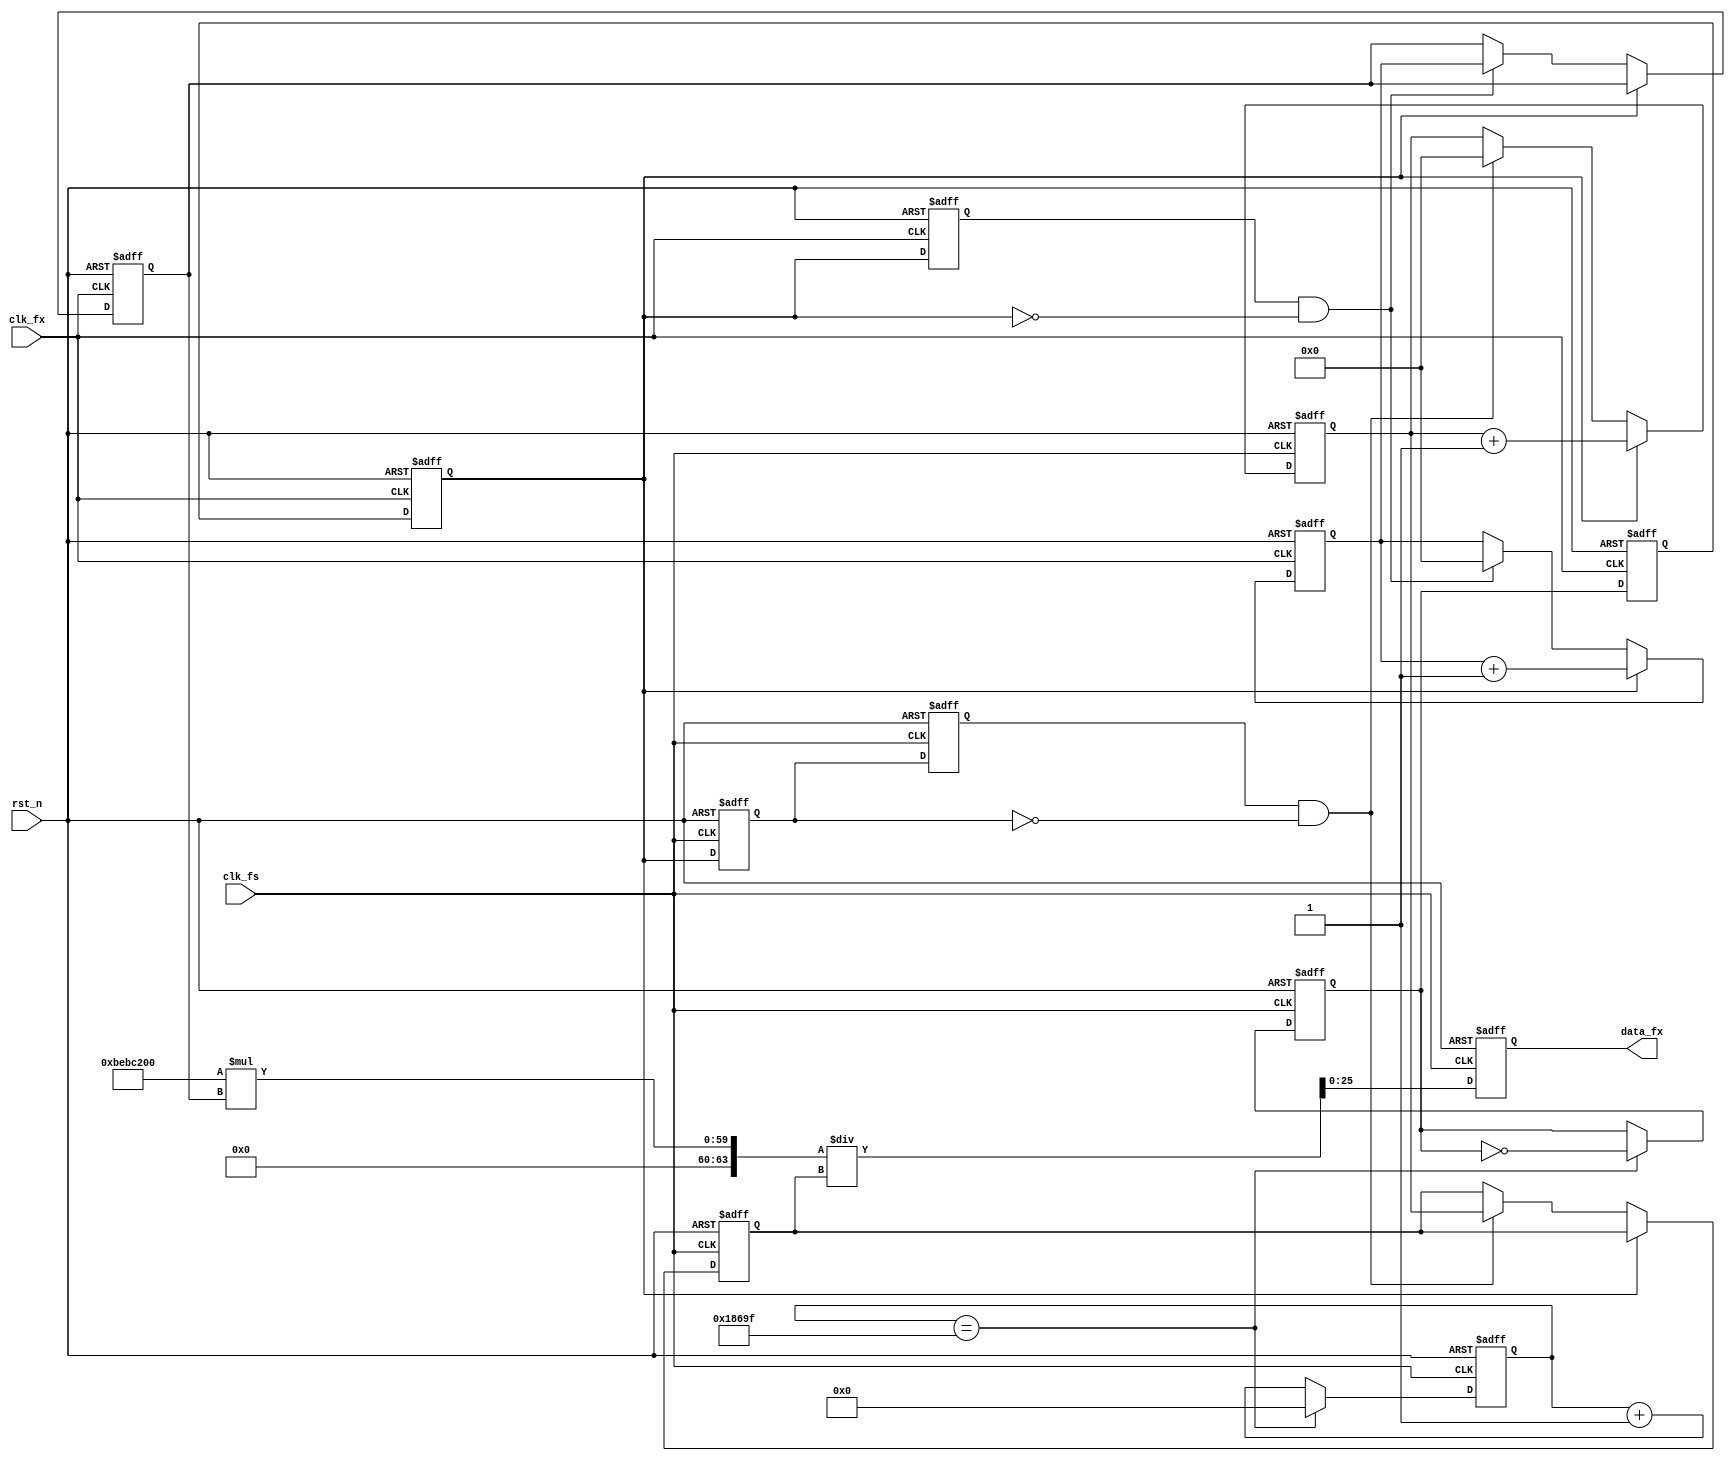
module cymometer
   #(parameter    CLK_FS = 30'd200_000_000) // 
    (   //system clock
        input                 clk_fs ,     // 
        input                 rst_n  ,     // 

        //cymometer interface
        input                 clk_fx ,     // 
        output   reg [25:0]   data_fx      // 
);

//parameter define
localparam   GATE_TIME = 18'd100_000;      // 

//reg define
reg             gate_pre    ;              // 
reg             gate        ;              // 
reg             gate_fx_r   ;
reg             gate_fs_d0  ;              // gate
reg             gate_fs_d1  ;              // gate
reg             gate_fx_d0  ;              // gate
reg             gate_fx_d1  ;              // gate
reg    [25:0]   gate_cnt    ;              // 
reg    [31:0]   fs_cnt      ;              // 
reg    [31:0]   fs_cnt_tmp  ;              // fs_cnt 
reg    [31:0]   fx_cnt      ;              // 
reg    [31:0]   fx_cnt_tmp  ;              // fx_cnt 
reg    [63:0]   data_fx_tmp ;
//wire define
wire            neg_gate_fs;               // 
wire            neg_gate_fx;               // 

//*****************************************************
//**                    main code
//*****************************************************

//
assign neg_gate_fs = gate_fs_d1 & (~gate_fs_d0);
assign neg_gate_fx = gate_fx_d0 & (~gate);

/***********************************************************/
//gate_pre
//gate, gate_pre = GATE_TIME/CLK_FS = 1s
//2sgate_pre1/2Hz,
//50% 1Hz~CLK_FS
//gate_pre
//alwaysgate_pre
/***********************************************************/

//
always @(posedge clk_fs or negedge rst_n) begin
    if(!rst_n)
        gate_cnt <= 26'd0;
    else if(gate_cnt == GATE_TIME - 1)
        gate_cnt <= 26'd0;
    else
        gate_cnt <= gate_cnt + 1'b1;
end

//
always @(posedge clk_fs or negedge rst_n) begin
    if(!rst_n)
        gate_pre <= 1'b0;
    else if(gate_cnt == GATE_TIME - 1)
        gate_pre <= ~gate_pre;
end

//
always @(posedge clk_fx or negedge rst_n) begin
    if(!rst_n) begin
        gate_fx_r <= 1'b0;
        gate      <= 1'b0;
    end
    else begin
        gate_fx_r <= gate_pre;
        gate      <= gate_fx_r;
    end
end

//
always @(posedge clk_fs or negedge rst_n) begin
    if(!rst_n) begin
        gate_fs_d0 <= 1'b0;
        gate_fs_d1 <= 1'b0;
    end
    else begin
        gate_fs_d0 <= gate;
        gate_fs_d1 <= gate_fs_d0;
    end
end

//
always @(posedge clk_fx or negedge rst_n) begin
    if(!rst_n) begin
        gate_fx_d0 <= 1'b0;
        gate_fx_d1 <= 1'b0;
    end
    else begin
        gate_fx_d0 <= gate;
        gate_fx_d1 <= gate_fx_d0;
    end
end

//
always @(posedge clk_fx or negedge rst_n) begin
    if(!rst_n) begin
        fx_cnt_tmp <= 32'd0;
        fx_cnt     <= 32'd0;
    end
    else if(gate)
        fx_cnt_tmp <= fx_cnt_tmp + 1'b1;
    else if(neg_gate_fx) begin
        fx_cnt_tmp <= 32'd0;
        fx_cnt     <= fx_cnt_tmp;
    end
end

//
always @(posedge clk_fs or negedge rst_n) begin
    if(!rst_n) begin
        fs_cnt_tmp <= 32'd0;
        fs_cnt     <= 32'd1;
    end
    else if(gate)
        fs_cnt_tmp <= fs_cnt_tmp + 1'b1;
    else if(neg_gate_fs) begin
        fs_cnt_tmp <= 32'd0;
        fs_cnt     <= fs_cnt_tmp;
    end
end

//
always @(*) begin
    data_fx_tmp = (CLK_FS * fx_cnt ) / fs_cnt;
end

always @(posedge clk_fs or negedge rst_n) begin
    if(!rst_n)
        data_fx <= 26'd0;
    else
        data_fx <= data_fx_tmp;
end

endmodule